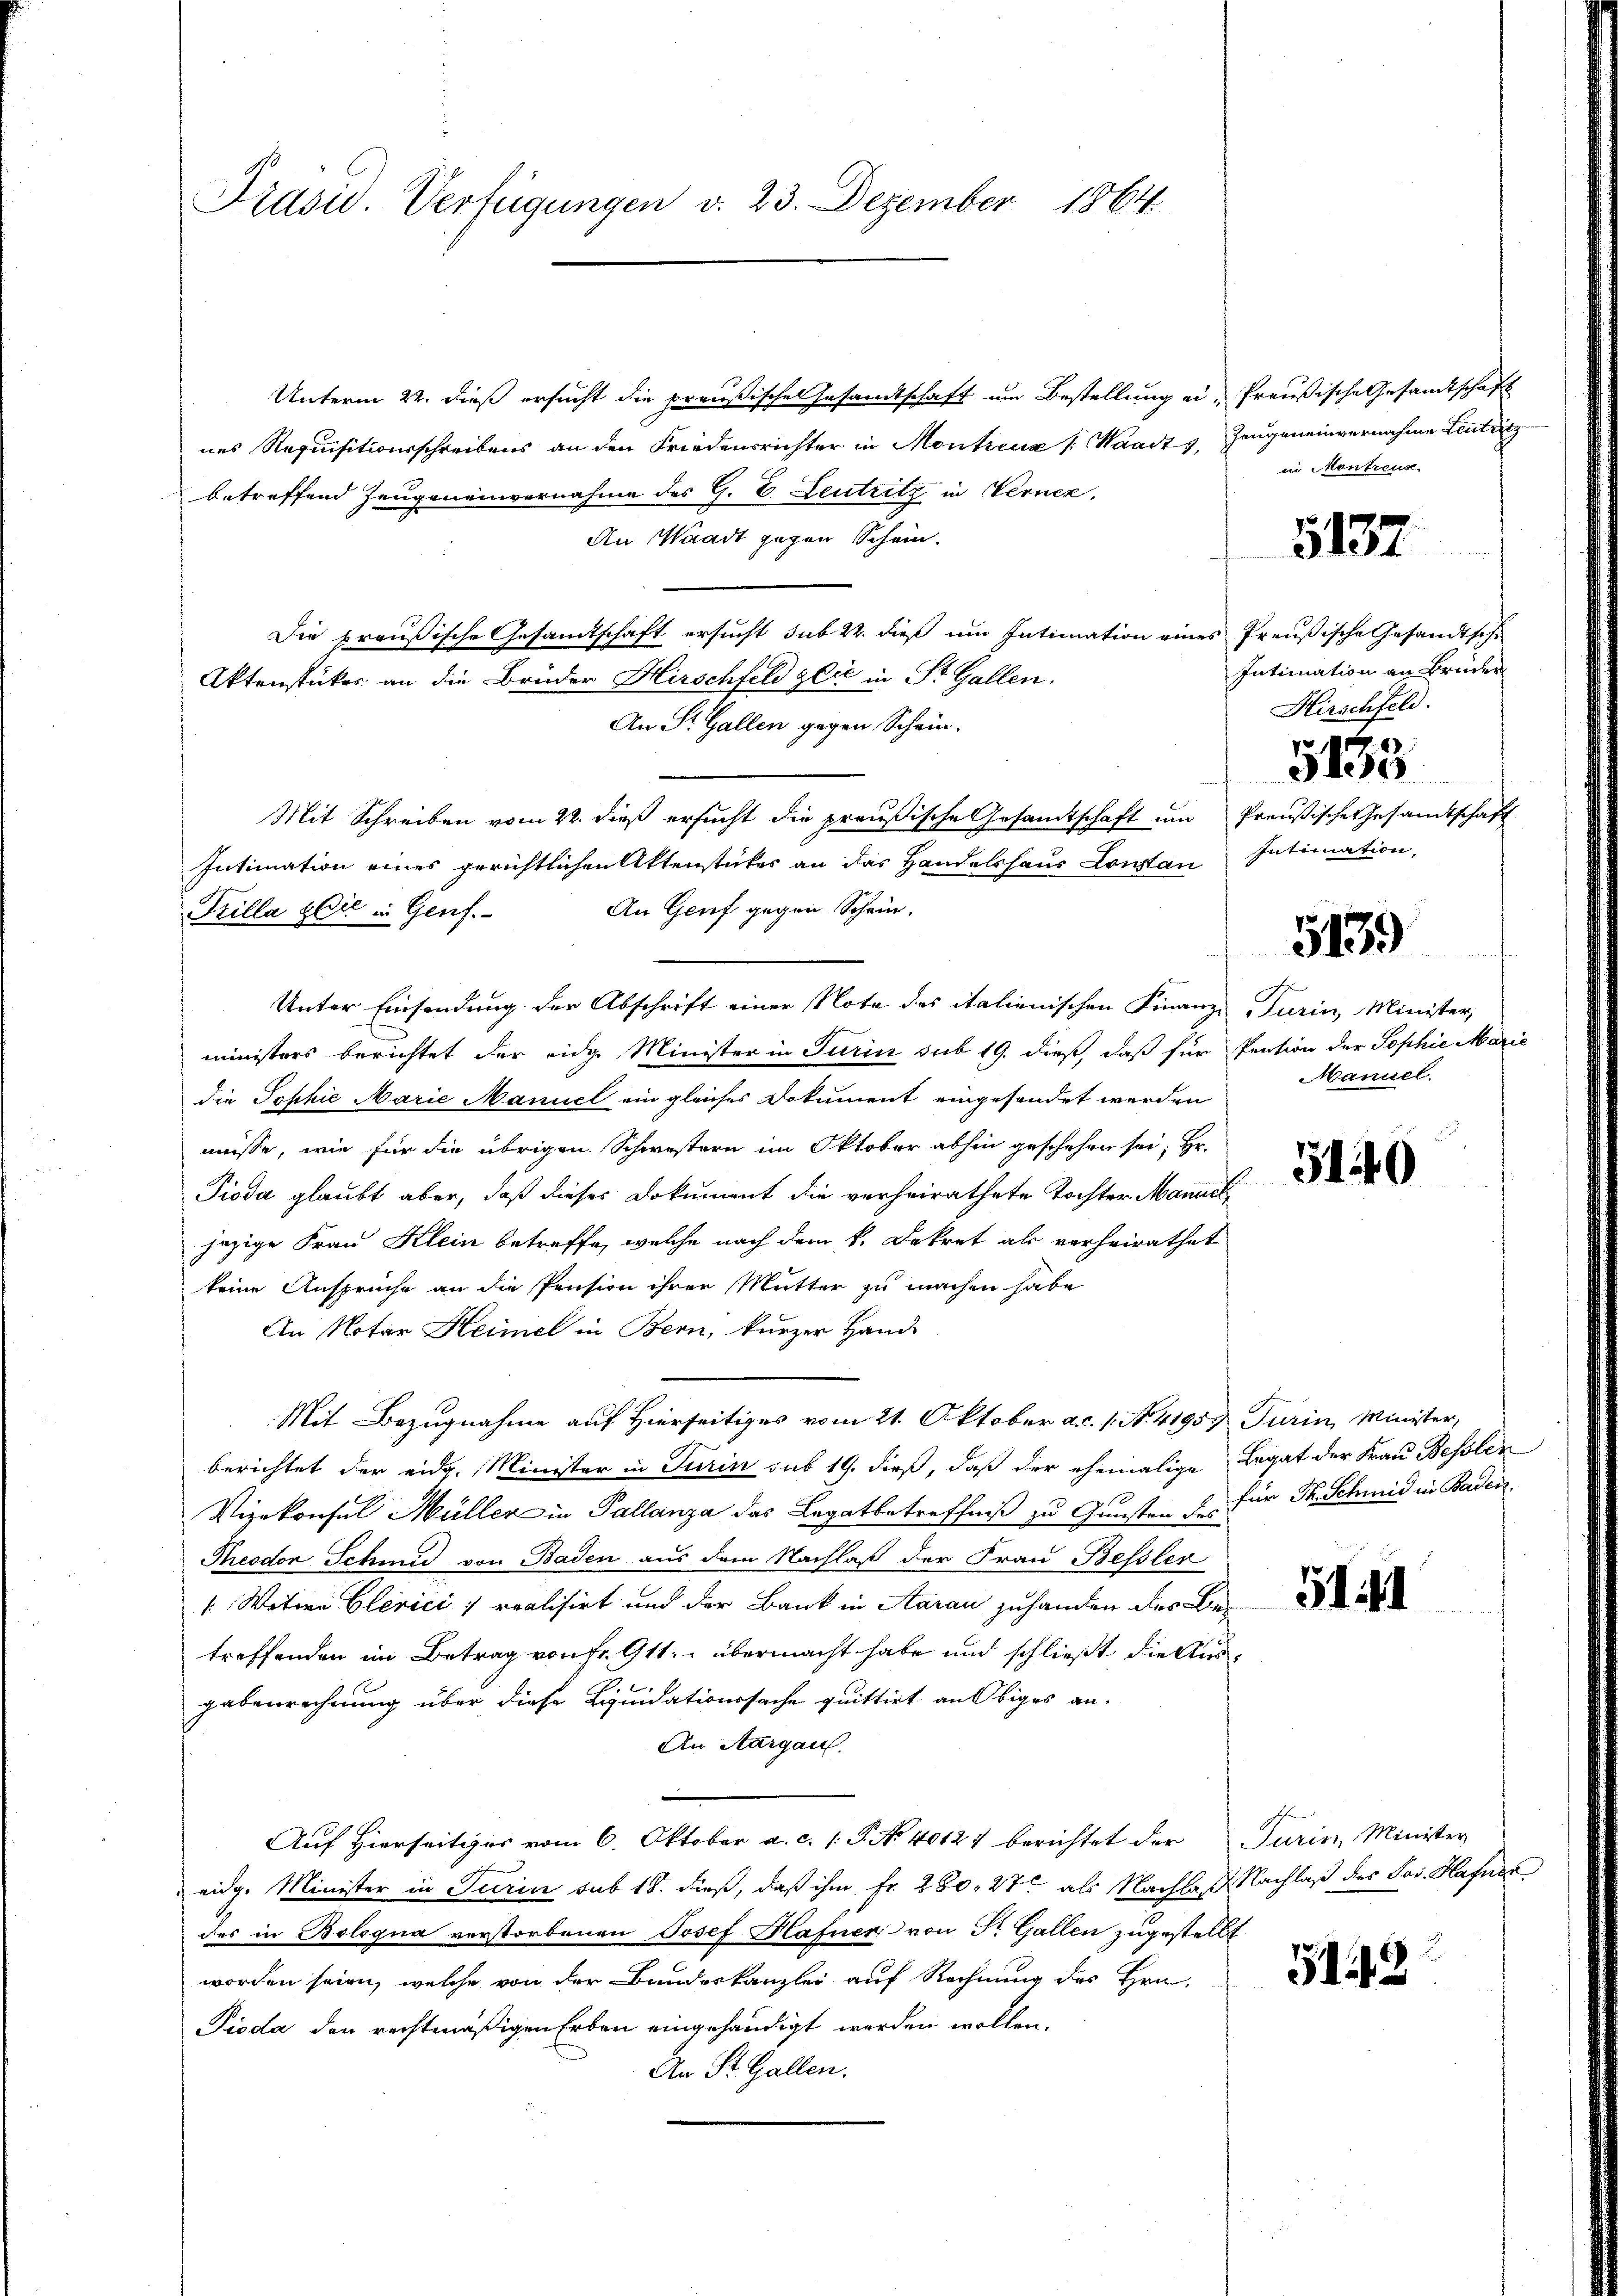
Präsid. Verfügungen v. 23. Dezember 1864.

Unterm 22. dieß ersucht die preußischen Gesandtschaft um Bestellung ei-Preußische Gesandtschaft
nes Requisitionsschreibens an den Friedensrichter in Montenz (Waadt,
betreffend Zeugeneinvernahme des G. E. Leutritz in Vernen.
An Waadt gegen Schein.
Die preußische Gesamtschaft ersucht sub 22. dieß um Intimation eines Preußische Gesandtsche
Aktenstückes an die Brüder Hirschfeld gere in St. Gallen.
An St. Gallen gegen Schein.
Mit Schreiben vom 22. dieß ersucht die preußische Gesandtschaft um Preußische Gesandtschaft
Intimation eines gerichtlichen Aktenstückes an das Handelshaus Constan
An Genf gegen Schein.
Killa sie in Genf.
Unter Einsendung der Abschrift einer Nota des italienischen Finanz-
ministers berichtet der eidge Minister in Turin sub 19. dieß, daß für Pension der Sophie Marie
die Tophie Marie Manuel ein gleiches Dokument eingesendet werden
müsse, wie für die übrigen Schwestern im Oktober abhin geschehen sei; Hr.
Pioda glaubt aber, daß dieses Dokument die verheirathete Tochter Manuel
jezige Frau Klein betreffe, welche nach dem k. Dekret als verheirathet
keine Ansprüche an die Pension ihrer Mutter zu machen habe
An Notar Heimel in Bern, kurzer Hand-
Mit Bezugnahme auf Hierseitiges vom 21. Oktober a.c. s. No. 41959 Turin, Minister,
berichtet der eidg. Minister in Turin sub 19. dieß, daß der ehemalige
Vizekonfel Müller in Pallanza das Legatbetreffniß zu Gunsten des
Theodor Schmid von Baden aus dem Nachlaß der Frau Bessler
 Wotive Gerici realisirt und der Bank in Aarau zuhanden des Kin-
treffenden im Betrag von Fr. 91t. übermacht habe und schließt die Ausgabenrechnung über diese Liquidationssache quittirt an Obiges an.
An Aargau.
Auf Hierseitiger vom 6. Oktober a. c. 1 P. No 40127 berichtet der
eidg. Minister in Turin sub 18. dieß, daß ihm fr. 280, 27 als Nachlas Nachlaß des Jos. Hafner
das in Bologna verstorbenen Josef Hafner von Sr. Gallen zugestellt
worden seien, welche von der Bundeskanzlei auf Rechnung des Hrn.
Pioda den rechtmäßigen Erben eingehändigt werden wollen,
An St. Gallen.

Zeugeneinvernahme Lentritz
in Contreux.

5137

Intimation an Brüder
Hirschfeld.
5133
Intimation.

5139)

Turin, Minister,
Manuel.

3140

Legat der Frau Besolen
für Dr. Schmid in Baden.

511

Turin, Minister

3142